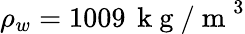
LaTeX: \rho_{w}=1009\, \mathrm{~k~g~/~m~}^{3}